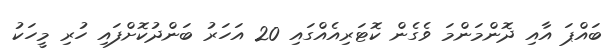
ބައްޕަ އާއި ދޮންމަންމަ ވެގެން ކޮޓަރިއެއްގައި 20 އަހަރު ބަންދުކޮށްފައި ހުރި މީހަކު